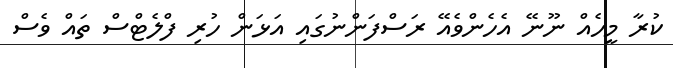
ކުރާ މީހެއް ނޫނޭ އެހެންވެއޭ ރަސްފަންނުގައި އަޅަން ހުރި ފްލެޓްސް ތައް ވެސް